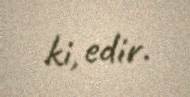
ki, edir.